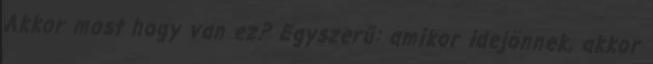
Akkor most hogy van ez? Egyszerű: amikor idejönnek, akkor